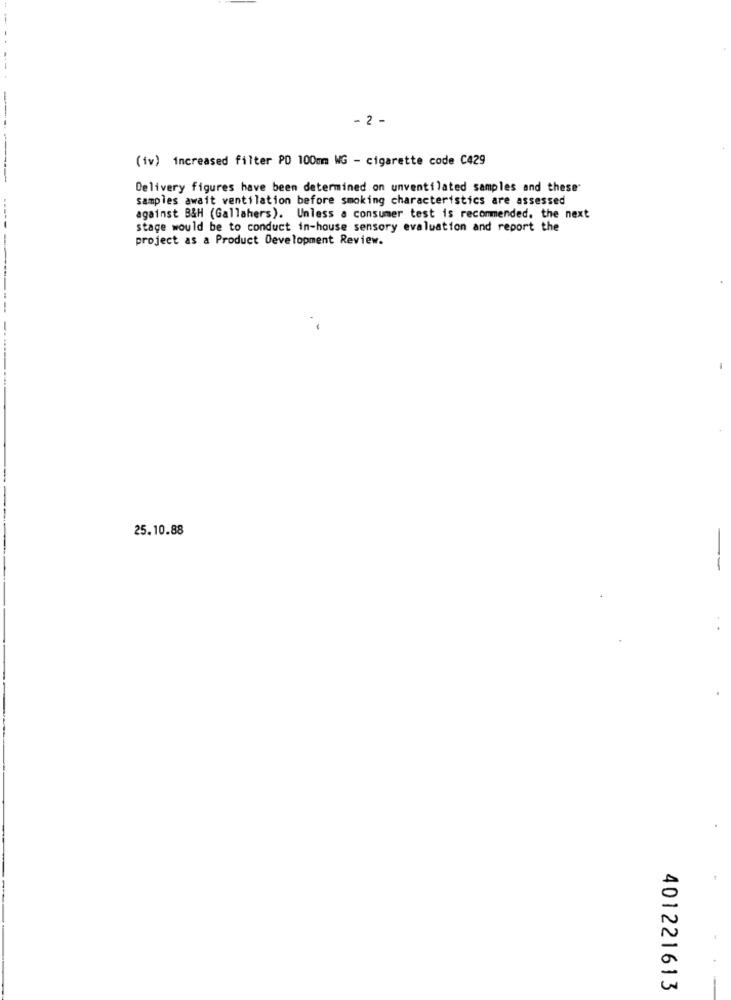
- 2 -
(iv) increased filter PD 100mm WG - cigarette code C429
Delivery figures have been determined on unventilated samples and these
samples await ventilation before smoking characteristics are assessed
against B&H (Gallahers). Unless a consumer test is recommended. the next
-----
stage would be to conduct in-house sensory evaluation and report the
project as a Product Development Review.
25.10.88
401221613